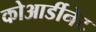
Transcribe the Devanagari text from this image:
कोआर्डीनेट